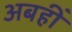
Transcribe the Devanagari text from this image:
अबहीं